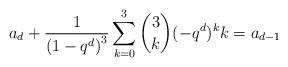
LaTeX: \begin{align*} a_d + \frac{1}{\left( 1-q^d\right)^3} \sum_{k=0}^3 \binom{3}{k} (-q^d)^k k = a_{d-1} \end{align*}